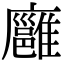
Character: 廱